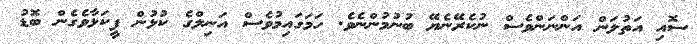
ސޮއި އަތުލަން އަންނަންވެސް ނުކެރޭނެޔޭ ބުނުމުންނެވެ. ހަމަގައިމުވެސް އަނިލްގެ ކުޅުން ފީކަޅާވެގެން ބޮޑު